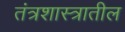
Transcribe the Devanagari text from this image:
तंत्रशास्त्रातील